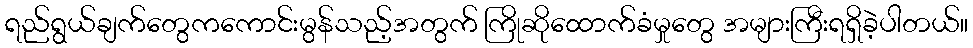
ရည်ရွယ်ချက်တွေကကောင်းမွန်သည့်အတွက် ကြိုဆိုထောက်ခံမှုတွေ အများကြီးရရှိခဲ့ပါတယ်။